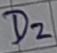
Text: D2